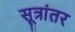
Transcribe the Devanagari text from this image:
सूत्रांतर